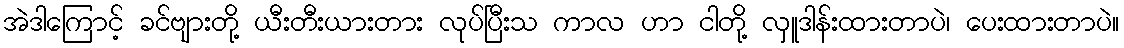
အဲဒါကြောင့် ခင်ဗျားတို့ ယီးတီးယားတား လုပ်ပြီးသ ကာလ ဟာ ငါတို့ လှူဒါန်းထားတာပဲ၊ ပေးထားတာပဲ။